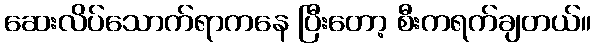
ဆေးလိပ်သောက်ရာကနေ ပြီးတော့ စီးကရက်ချတယ်။